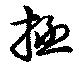
拯